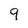
Character: 9